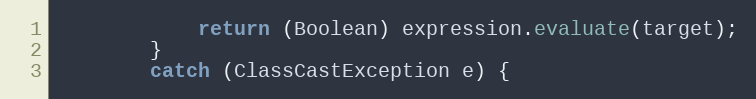
Language: Java
            return (Boolean) expression.evaluate(target);
        }
        catch (ClassCastException e) {